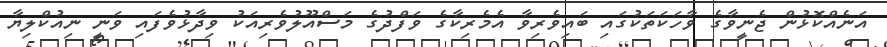
އަނެއްކޮޅުން ޖެނީވާގެ ވާހަކަތަކުގައި ބައިވެރިވާ އެމެރިކާގެ ވަފްދުގެ މަސްއޫލުވެރިއަކު ވިދާޅުވެފައި ވަނީ ނިއުކްލިޔާ